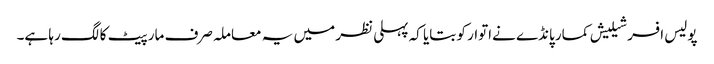
پولیس افسر شیلیش کمار پانڈے نےاتوار کو بتایا کہ پہلی نظر میں یہ معاملہ صرف مار پیٹ کا لگ رہا ہے۔